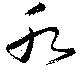
水